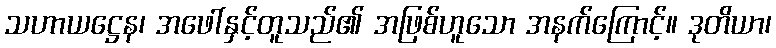
သဟာယဋ္ဌေန၊ အဖေါ်နှင့်တူသည်၏ အဖြစ်ဟူသော အနက်ကြောင့်။ ဒုတိယာ၊